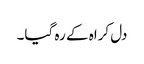
دل کراہ کے رہ گیا۔